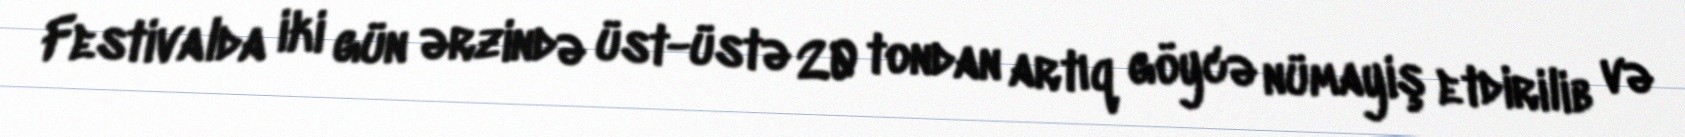
Festivalda iki gün ərzində üst-üstə 20 tondan artıq göycə nümayiş etdirilib və